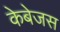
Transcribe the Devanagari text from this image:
केबेजस